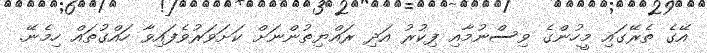
އޭގެ ތެރޭގައި މީހުންގެ ވިސްނުމާއި ފިކުރު އަދި ރައްޔިތުންނަށް ކަށަވަރުވެފައިވާ ހައްގުތައް ހިމެނޭ.